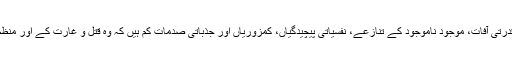
کیا اس کے لئے طبعی موت، بڑھاپا، بیماریاں، قدرتی آفات، موجود ناموجود کے تنازعے، نفسیاتی پیچیدگیاں، کمزوریاں اور جذباتی صدمات کم ہیں کہ وہ قتل و غارت کے اور منظم جنگوں کے منصوبے بھی بنانے بیٹھ جاتا ہے؟